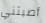
أصبتني